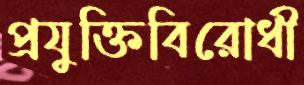
প্রযুক্তিবিরোধী